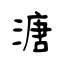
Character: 溏